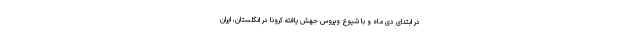
در ابتدای دی ماه و با شیوع ویروس جهش یافته کرونا در انگلستان، ایران